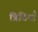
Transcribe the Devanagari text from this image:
त्रिवियाँ